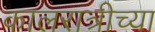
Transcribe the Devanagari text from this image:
कालरात्रीच्या